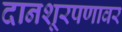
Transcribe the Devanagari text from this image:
दानशूरपणावर